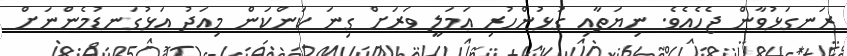
ރަނގަޅުވާން ޖެހެއެވެ. ނިޔަތާއި ގުޅުންހުރި ޢަމަލީ ވަރަށް ގިނަ ކަންކަން މިއަދު އަޅުގަނޑުމެންނަށް